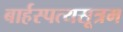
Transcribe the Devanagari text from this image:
बार्हस्पत्यसूत्रम